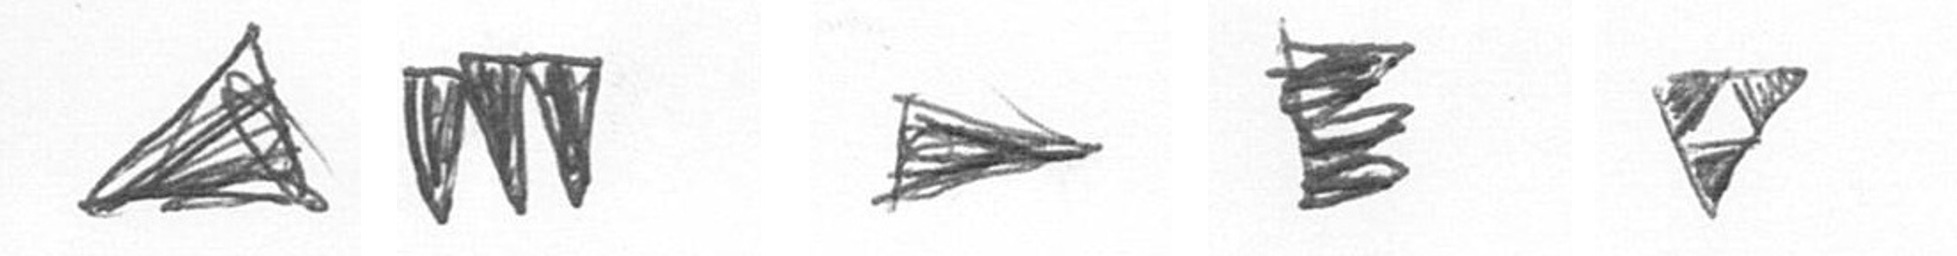
O L T H S